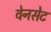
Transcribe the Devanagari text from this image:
वेनसेट